Madras plague regulations and rules - Volume 1
Disease focus: Plague
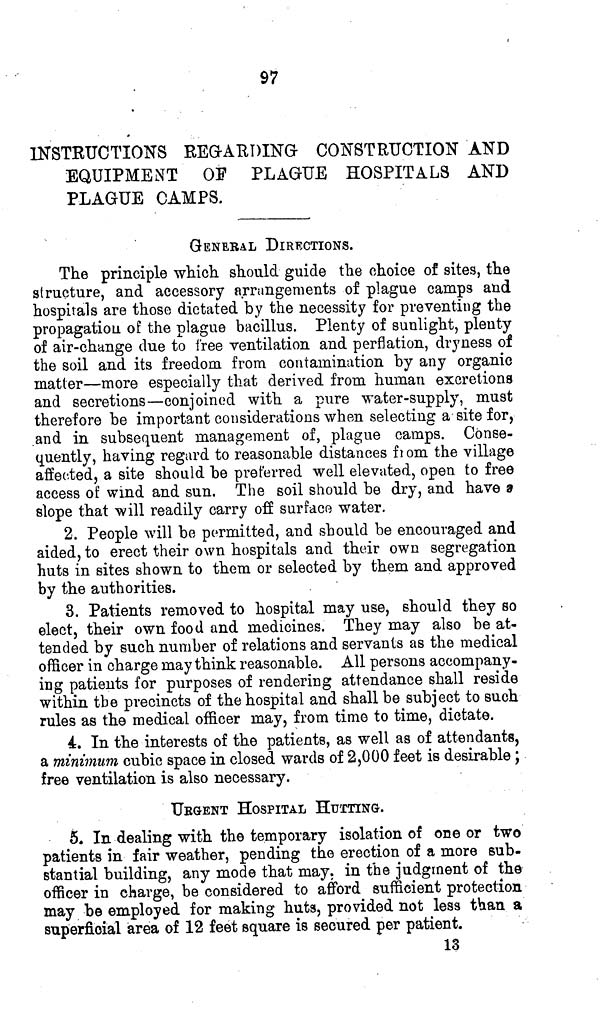
97
INSTRUCTIONS REGARDING CONSTRUCTION AND
EQUIPMENT OF PLAGUE HOSPITALS AND
PLAGUE CAMPS.
GENERAL DIRECTIONS.
The principle which should guide the choice of sites, the
structure, and accessory arrangements of plague camps and
hospitals are those dictated by the necessity for preventing the
propagation of the plague bacillus. Plenty of sunlight, plenty
of air-change due to free ventilation and perflation, dryness of
the soil and its freedom from contamination by any organic
matter—more especially that derived from human excretions
and secretions—conjoined with a pure water-supply, must
therefore be important considerations when selecting a site for,
and in subsequent management of, plague camps. Conse-
quently, having regard to reasonable distances from the village
affected, a site should be preferred well elevated, open to free
access of wind and sun. The soil should be dry, and have a
slope that will readily carry off surface water.
2. People will be permitted, and should be encouraged and
aided, to erect their own hospitals and their own segregation
huts in sites shown to them or selected by them and approved
by the authorities.
3. Patients removed to hospital may use, should they so
elect, their own food and medicines. They may also be at-
tended by such number of relations and servants as the medical
officer in charge may think reasonable. All persons accompany-
ing patients for purposes of rendering attendance shall reside
within the precincts of the hospital and shall be subject to such
rules as the medical officer may, from time to time, dictate.
4. In the interests of the patients, as well as of attendants,
a minimum cubic space in closed wards of 2,000 feet is desirable;
free ventilation is also necessary.
URGENT HOSPITAL HUTTING.
5. In dealing with the temporary isolation of one or two
patients in fair weather, pending the erection of a more sub-
stantial building, any mode that may. in the judgment of the
officer in charge, be considered to afford sufficient protection
may be employed for making huts, provided not less than a
superficial area of 12 feet square is secured per patient.
13